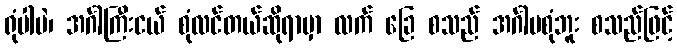
ရုံပါပဲ၊ အင်္ဂါကြီးငယ် စုံလင်တယ်ဆိုရာမှာ လက် ခြေ စသည် အင်္ဂါမစုံဘူး စသည်ဖြင့်